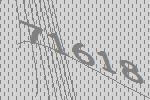
71618